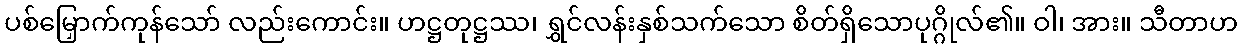
ပစ်မြှောက်ကုန်သော် လည်းကောင်း။ ဟဋ္ဌတုဋ္ဌဿ၊ ရွှင်လန်းနှစ်သက်သော စိတ်ရှိသောပုဂ္ဂိုလ်၏။ ဝါ၊ အား။ သီတာဟ